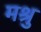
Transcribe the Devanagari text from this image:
मश्रु